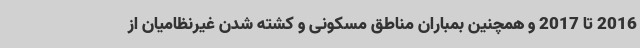
2016 تا 2017 و همچنین بمباران مناطق مسکونی و کشته شدن غیرنظامیان از